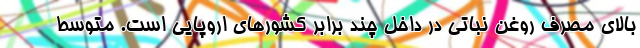
بالای مصرف روغن نباتی در داخل چند برابر کشورهای اروپایی است. متوسط